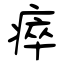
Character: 瘁